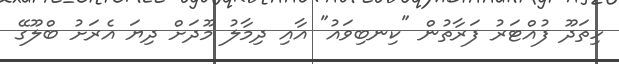
ހިތަދޫ ފުއްޓަރު ފަރާތުން "ކިނބިވައު" އާއި ދިމާލު މޫދަށް ދިޔަ އެރަށު ބްލޫގޭ